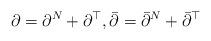
LaTeX: \begin{align*} &\partial=\partial^N+\partial^\top,\bar{\partial}=\bar{\partial}^{N}+\bar{\partial}^\top \end{align*}